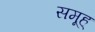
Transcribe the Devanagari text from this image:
समूह्